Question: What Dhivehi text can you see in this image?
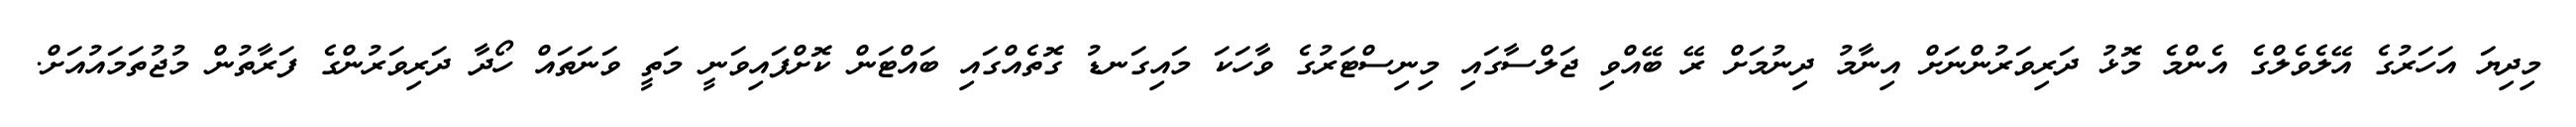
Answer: މިދިޔަ އަހަރުގެ އޭލެވެލްގެ އެންމެ މޮޅު ދަރިވަރުންނަށް އިނާމު ދިނުމަށް ރޭ ބޭއްވި ޖަލްސާގައި މިނިސްޓަރުގެ ވާހަކަ މައިގަނޑު ގޮތެއްގައި ބައްޓަން ކޮށްފައިވަނީ މަތީ ވަނަތައް ހޯދާ ދަރިވަރުންގެ ފަރާތުން މުޖުތަމައުއަށް.